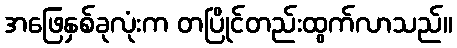
အဖြေနှစ်ခုလုံးက တပြိုင်တည်းထွက်လာသည်။